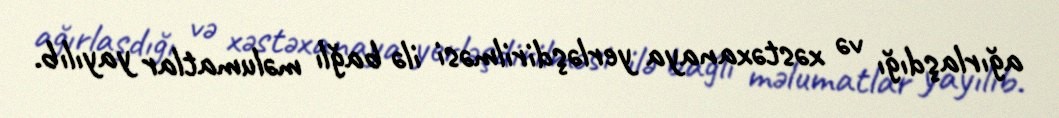
ağırlaşdığı və xəstəxanaya yerləşdirilməsi ilə bağlı məlumatlar yayılıb.